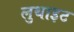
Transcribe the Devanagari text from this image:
लुथाइट